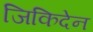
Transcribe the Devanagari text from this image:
जिकिदेन